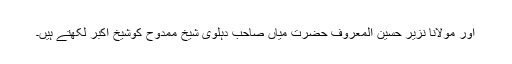
اور مولانا نزیر حسین المعروف حضرت میاں صاحب دہلوی شیخ ممدوح کوشیخ اکبر لکھتے ہیں۔